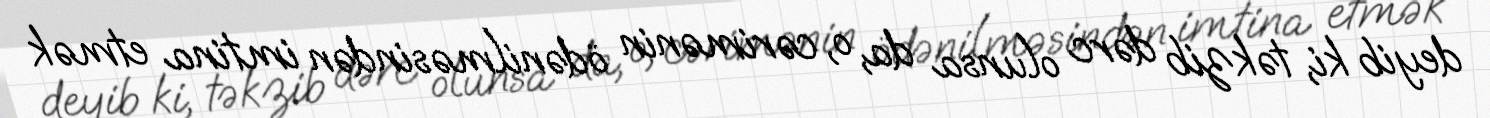
deyib ki, təkzib dərc olunsa da, o, cərimənin ödənilməsindən imtina etmək